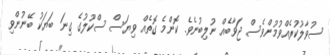
ސުވާލުކުރެއްވުމުންވެސް ޖަވާބެއް ނުލިބުނެވެ. ކޮންމެ ގޮތެއް ވިޔަސް ސްކޫލުގެ ގިނަ ބަޔަކު ބޭނުންވި